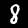
Digit: 8